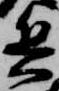
兵